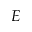
E